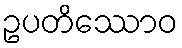
ဥပတိဿောဝ